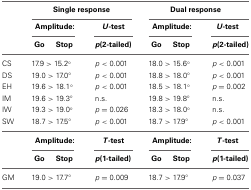
<table><thead><tr><td></td><td colspan="3"><b>Single response</b></td><td colspan="3"><b>Dual response</b></td></tr><tr><td></td><td colspan="2"><b>Amplitude:</b></td><td><b><i>U</i>-test</b></td><td colspan="2"><b>Amplitude:</b></td><td><b><i>U</i>-test</b></td></tr><tr><td></td><td><b>Go</b></td><td><b>Stop</b></td><td><b><i>p</i>(2-tailed)</b></td><td><b>Go</b></td><td><b>Stop</b></td><td><b><i>p</i>(2-tailed)</b></td></tr></thead><tbody><tr><td>CS</td><td colspan="2">17.9 &gt; 15.2°</td><td><i>p</i> &lt; 0.001</td><td colspan="2">18.0 &gt; 15.6°</td><td><i>p</i> &lt; 0.001</td></tr><tr><td>DS</td><td colspan="2">19.0 &gt; 17.0°</td><td><i>p</i> &lt; 0.001</td><td colspan="2">18.8 &gt; 18.0°</td><td><i>p</i> &lt; 0.001</td></tr><tr><td>EH</td><td colspan="2">19.6 &gt; 18.1°</td><td><i>p</i> &lt; 0.001</td><td colspan="2">18.5 &gt; 18.1°</td><td><i>p</i> = 0.002</td></tr><tr><td>IM</td><td colspan="2">19.6 &gt; 19.3°</td><td>n.s.</td><td colspan="2">19.8 &gt; 19.8°</td><td>n.s.</td></tr><tr><td>IW</td><td colspan="2">19.3 &gt; 19.0°</td><td><i>p</i> = 0.026</td><td colspan="2">18.3 &gt; 18.0°</td><td>n.s.</td></tr><tr><td>SW</td><td colspan="2">18.7 &gt; 17.5°</td><td><i>p</i> &lt; 0.001</td><td colspan="2">18.7 &gt; 17.9°</td><td><i>p</i> &lt; 0.001</td></tr><tr><td></td><td colspan="2"><b>Amplitude:</b></td><td><b><i>T</i>-test</b></td><td colspan="2"><b>Amplitude:</b></td><td><b><i>T</i>-test</b></td></tr><tr><td></td><td><b>Go</b></td><td><b>Stop</b></td><td><b><i>p</i>(1-tailed)</b></td><td><b>Go</b></td><td><b>Stop</b></td><td><b><i>p</i>(1-tailed)</b></td></tr><tr><td>GM</td><td colspan="2">19.0 &gt; 17.7°</td><td><i>p</i> = 0.009</td><td colspan="2">18.7 &gt; 17.9°</td><td><i>p</i> = 0.037</td></tr></tbody></table>